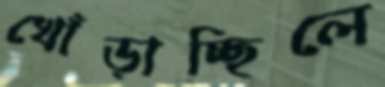
খোঁড়াচ্ছিলে